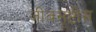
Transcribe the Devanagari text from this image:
जीवसृष्टीस